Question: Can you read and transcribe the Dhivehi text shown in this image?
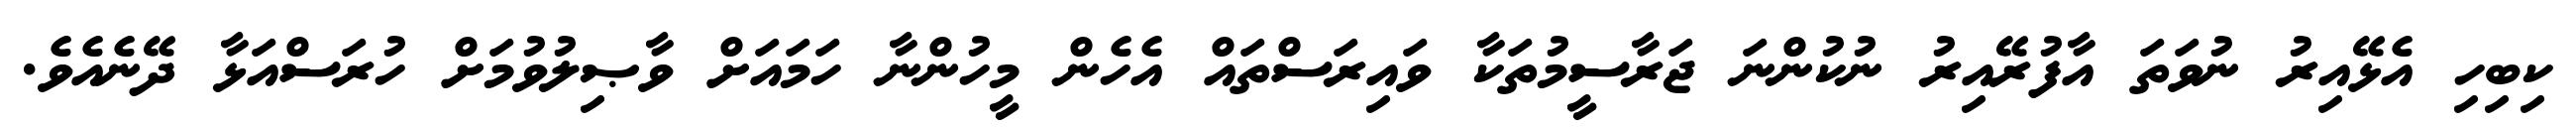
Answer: ކިބިހި އެޅޭއިރު ނުވަތަ އާފުރޭއިރު ނުކުންނަ ޖަރާސީމުތަކާ ވައިރަސްތައް އެހެން މީހުންނާ ހަމައަށް ވާޞިލުވުމަށް ހުރަސްއަޅާ ދޭނެއެވެ.